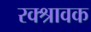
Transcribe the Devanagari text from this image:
रक्श्रावक